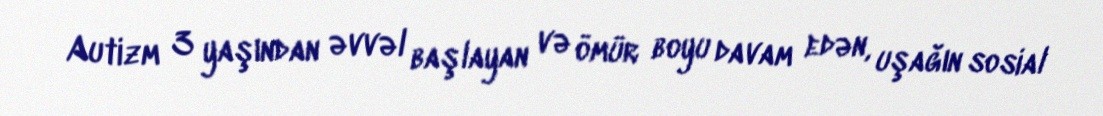
Autizm 3 yaşından əvvəl başlayan və ömür boyu davam edən, uşağın sosial